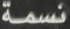
نسمة